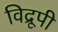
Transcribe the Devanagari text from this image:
विद्रूपी